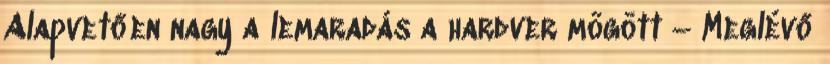
Alapvetően nagy a lemaradás a hardver mögött – Meglévő